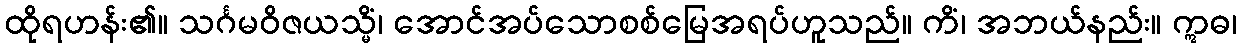
ထိုရဟန်း၏။ သင်္ဂမဝိဇယသ္မိံ၊ အောင်အပ်သောစစ်မြေအရပ်ဟူသည်။ ကိံ၊ အဘယ်နည်း။ ဣဓ၊